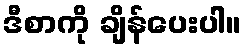
ဒီစာကို ချိန်ပေးပါ။